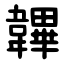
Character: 韠